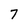
Character: 7